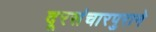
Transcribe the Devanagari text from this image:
दूरसंचारपुराने